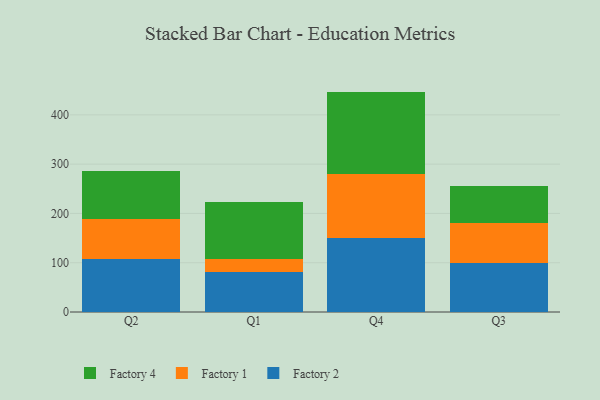
{"axis": {"x": "Quarter", "y": "Active Users"}, "legend": ["Factory 1", "Factory 2", "Factory 4"], "data": [{"x": "Q2", "y": 107.8, "type": "Factory 2"}, {"x": "Q2", "y": 80.6, "type": "Factory 1"}, {"x": "Q2", "y": 98.5, "type": "Factory 4"}, {"x": "Q1", "y": 81.5, "type": "Factory 2"}, {"x": "Q1", "y": 26.7, "type": "Factory 1"}, {"x": "Q1", "y": 114.8, "type": "Factory 4"}, {"x": "Q4", "y": 150.4, "type": "Factory 2"}, {"x": "Q4", "y": 130.2, "type": "Factory 1"}, {"x": "Q4", "y": 166.6, "type": "Factory 4"}, {"x": "Q3", "y": 99.4, "type": "Factory 2"}, {"x": "Q3", "y": 81.7, "type": "Factory 1"}, {"x": "Q3", "y": 74.2, "type": "Factory 4"}]}